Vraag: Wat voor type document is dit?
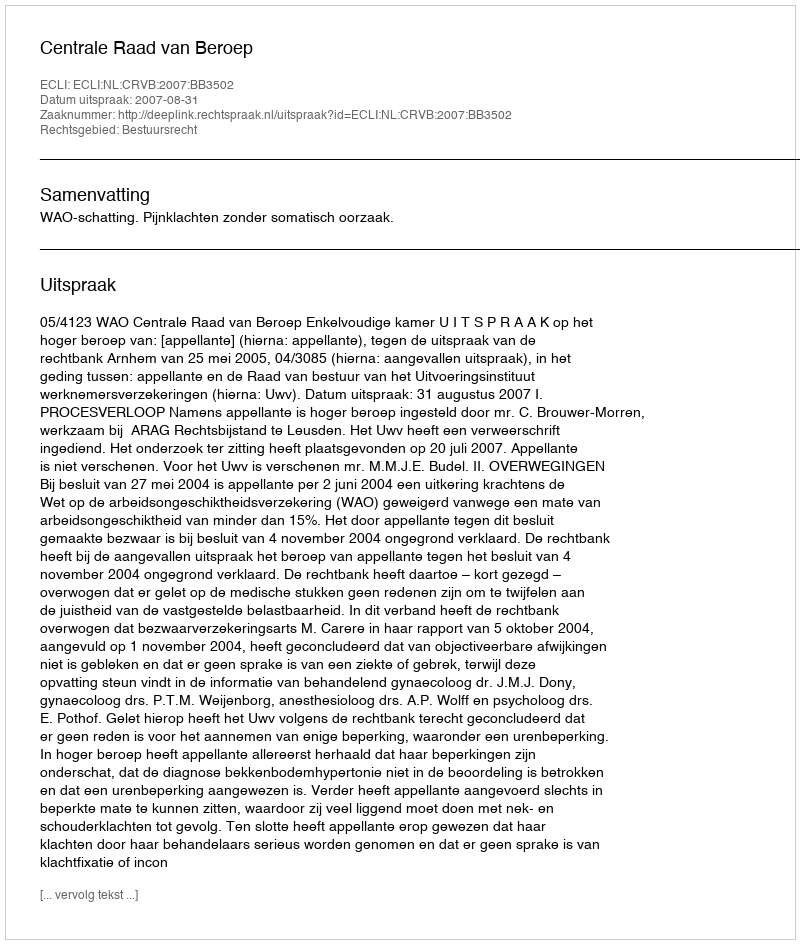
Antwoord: Uitspraak